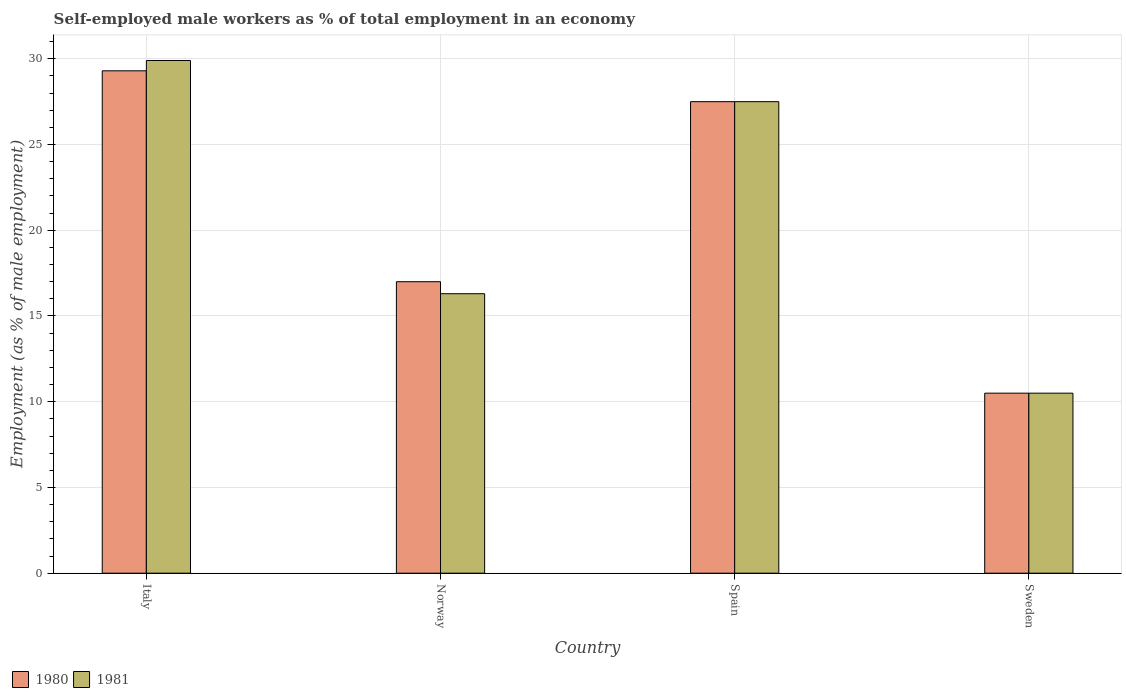
| Country | 1980 | 1981 |
 | --- | --- | --- |
 | Italy | 29.3 | 29.9 |
 | Norway | 17 | 16.3 |
 | Spain | 27.5 | 27.5 |
 | Sweden | 10.5 | 10.5 |